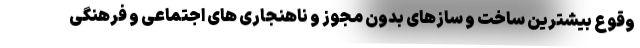
وقوع بیشترین ساخت و سازهای بدون مجوز و ناهنجاری های اجتماعی و فرهنگی